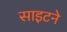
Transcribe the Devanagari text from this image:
साइटने